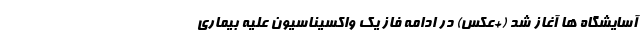
آسایشگاه ها آغاز شد (+عکس) در ادامه فاز یک واکسیناسیون علیه بیماری